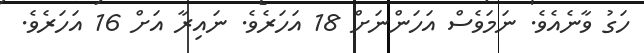
ހަގު ވާނެއެވެ. ނަމަވެސް އަހަންނަށް 18 އަހަރެވެ. ނައިރާ އަށް 16 އަހަރެވެ.